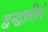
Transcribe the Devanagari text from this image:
द्वन्द्वातीतं